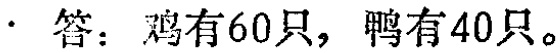
答：鸡有60只，鸭有40只。